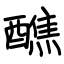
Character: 醮